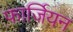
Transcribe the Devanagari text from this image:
फार्जियन